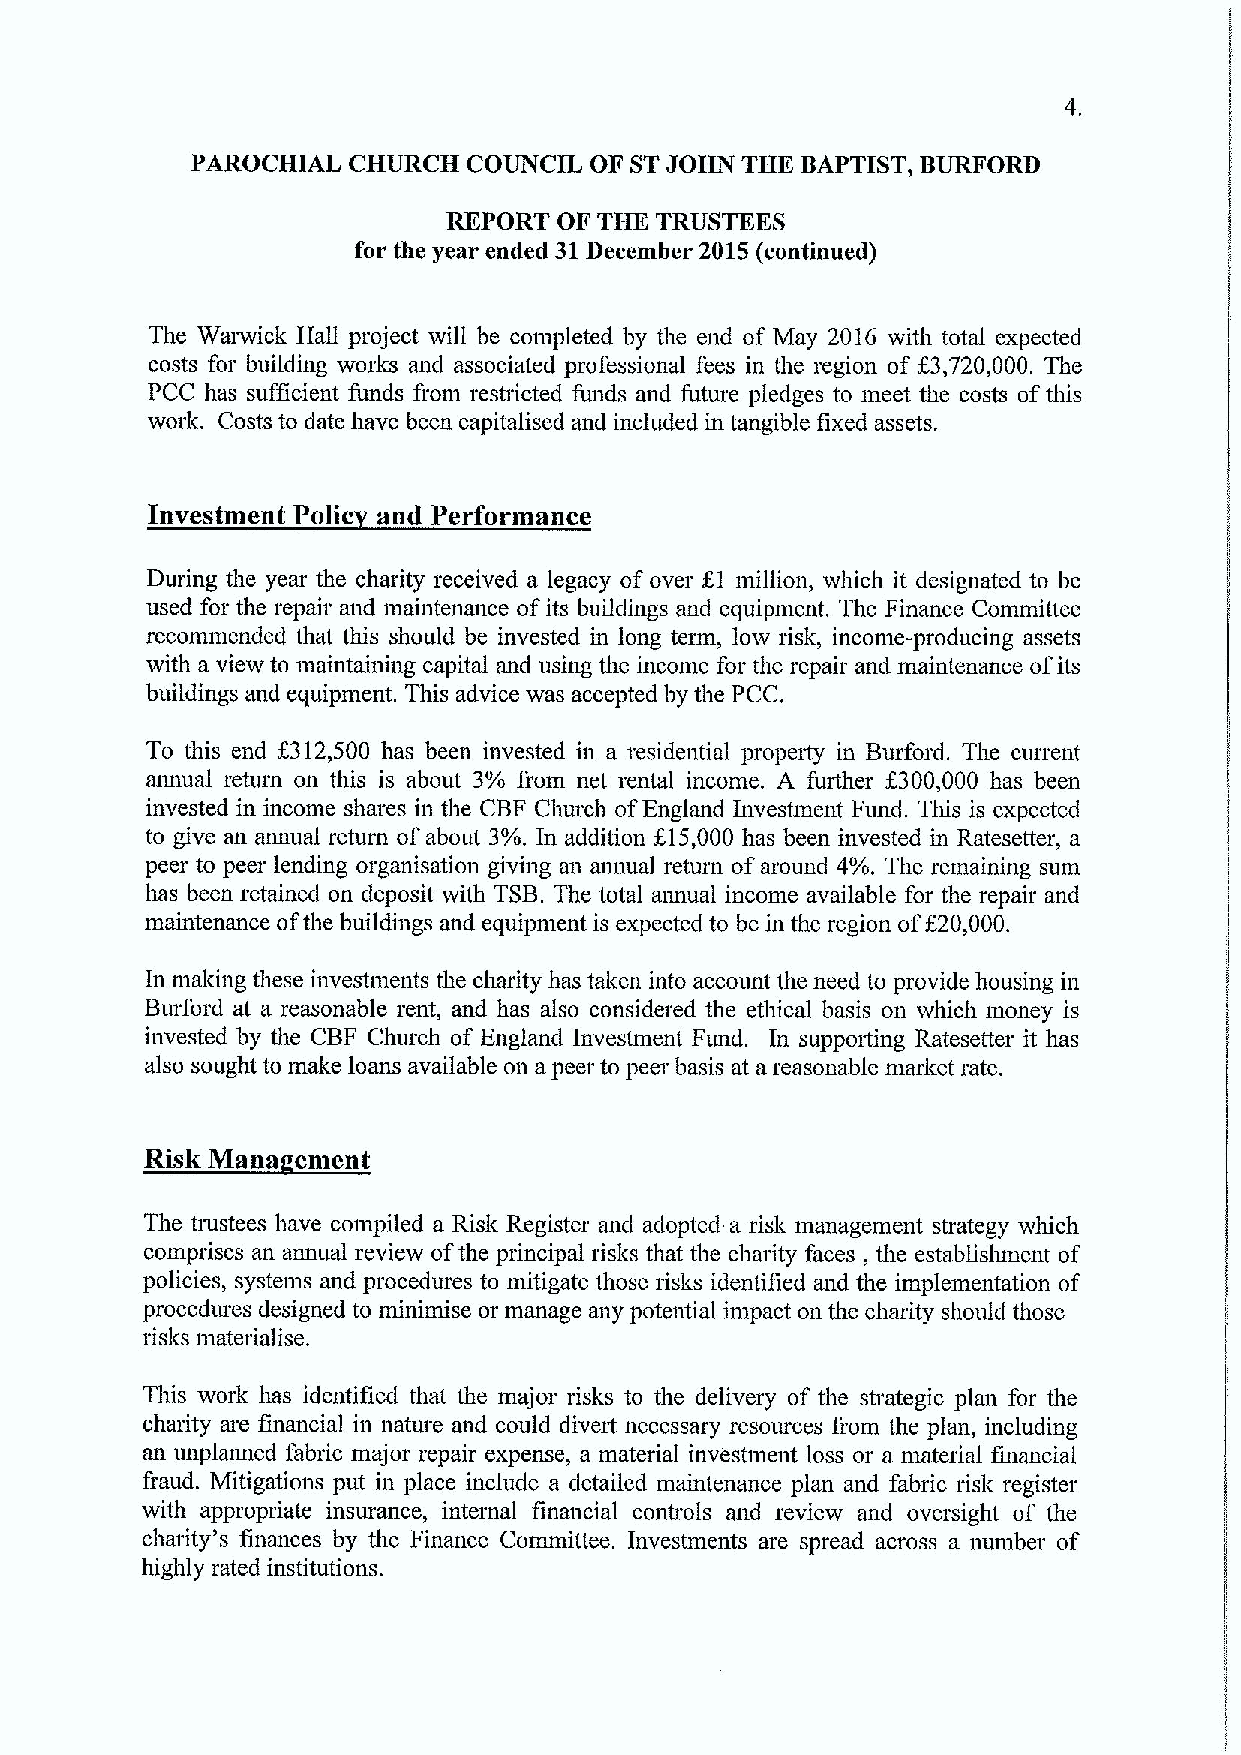
PAROCHIAL CHURCH  COUNCIL OF STJOHN THE BAPTIST, BURFORD
 REPORT OF THE TRUSTEES
 for the year ended 31December 2015(continued)
 The Warwick Hall project will be completed by the end of May 2016 with total expected
 costs for building works and associated professional fees in the region of K3,720,000. The
 PCC has sufficient funds fiom restricted funds and future pledges to meet the costs ofthis
 work. Costs to date have been capitalised and included in tangible fixed assets.
 Investment Polic and Performance
 During the year the charity received a legacy of over KI million, which it designated to be
 used for the repair and maintenance ofits buildings and equipment. The Finance Committee
 recommended that this should be invested in long term, low risk, income-producing assets
 with a view to maintaining capital and using the income for the repair and maintenance ofits
 buildings and equipment. This advice was accepted by the PCC.
 To this end f312,500 has been invested in a residential property in Burford. The current
 annual return on this is about 3% fiom net rental income. A further f300,000 has been
 invested in income shares in the CBF Church ofEngland Investment Fund. This is expected
 to give an annual return ofabout 3%.In addition f.15,000 has been invested in Ratesetter, a
 peer to peer lending organisation giving an annual return ofaround 4%. The remaining sum
 has been retained on deposit with TSB.The total annual income available for the repair and
 maintenance ofthe buildings and equipment is expected to be in the region off20,000.
 In making these investments the charity has taken into account the need to provide housing in
 Burford at a reasonable rent, and has also considered the ethical basis on which money is
 invested by the CBF Church of England Investment Fund. In suppoiting Ratesetter it has
 also sought to make loans available on apeer to peer basis at a reasonable market rate.
 Risk Mana ement
 The tmstees have compiled a Risk Register and adopted a risk management strategy which
 comprises an annual review ofthe principal risks that the charity faces, the establishment of
 policies, systems and procedures to mitigate those risks identified and the implementation of
 procedhues designed to minimise or manage any potential impact on the charity should those
 risks materialise.
 This work has identified that the major risks to the delivery of the strategic plan for the
 charity are financial in nature and could divert necessary resources fiom the plan, including
 an unplanned fabric major repair expense, a material investment loss or a material financial
 fiaud. Mitigations put in place include a detailed maintenance plan and fabric risk register
 with appropriate insurance, internal financial controls and review and oversight of the
 charity's finances by the Finance Committee. Investments are spread across a number of
 highly rated institutions.